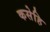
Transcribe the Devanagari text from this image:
कसेहि